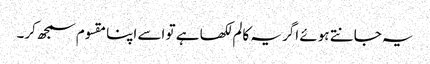
یہ جانتے ہوئے اگر یہ کالم لکھا ہے تو اسے اپنا مقسوم سمجھ کر۔